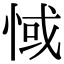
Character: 惐